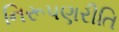
નિરૂપણરીતિ